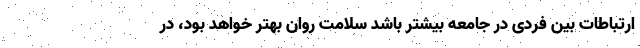
ارتباطات بین فردی در جامعه بیشتر باشد سلامت روان بهتر خواهد بود، در